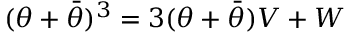
( { \theta } + \bar { \theta } ) ^ { 3 } = 3 ( { \theta } + \bar { \theta } ) V + W